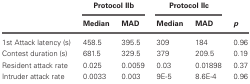
|  | <COLSPAN=2> Protocol IIb | <COLSPAN=2> Protocol IIc |  |
 |  | Median | MAD | Median | MAD | p |
 | --- | --- | --- | --- | --- | --- |
 | 1st Attack latency (s) | 458.5 | 395.5 | 309 | 184 | 0.96 |
 | Contest duration (s) | 681.5 | 329.5 | 379 | 209.5 | 0.19 |
 | Resident attack rate | 0.025 | 0.0059 | 0.03 | 0.01898 | 0.37 |
 | Intruder attack rate | 0.0033 | 0.003 | 9E-5 | 8.6E-4 | 0.96 |